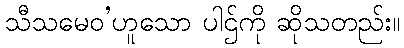
သီသမေဝ’ဟူသော ပါဌ်ကို ဆိုသတည်း။